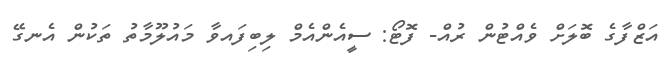
އަޒްފާގެ ބޮލަށް ވެއްޓުން ރުއް- ފޮޓޯ: ސީއެންއެމް ލިބިފައވާ މައުލޫމާތު ތަކުން އެނގޭ